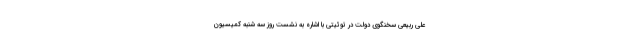
علی ربیعی سخنگوی دولت در توئیتی با اشاره به نشست روز سه شنبه کمیسیون